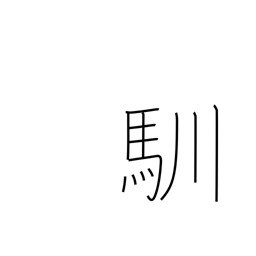
Meaning: get used to